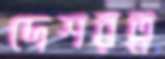
দেশরত্ন